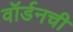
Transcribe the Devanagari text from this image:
वॉर्डनची